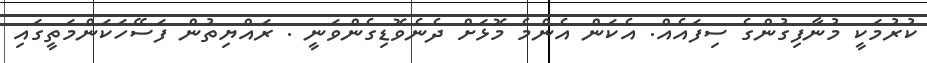
ކުރުމަކީ މުނާފިގުންގެ ސިފައެއް. އެކަން އެންމެ މޮޅަށް ދެނެވޮޑިގެންވަނީ . ރައްޔިތުން ފަސޭހަކަންމަތީގައި